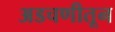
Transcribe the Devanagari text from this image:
अडचणीतून